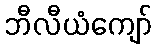
ဘီလီယံကျော်